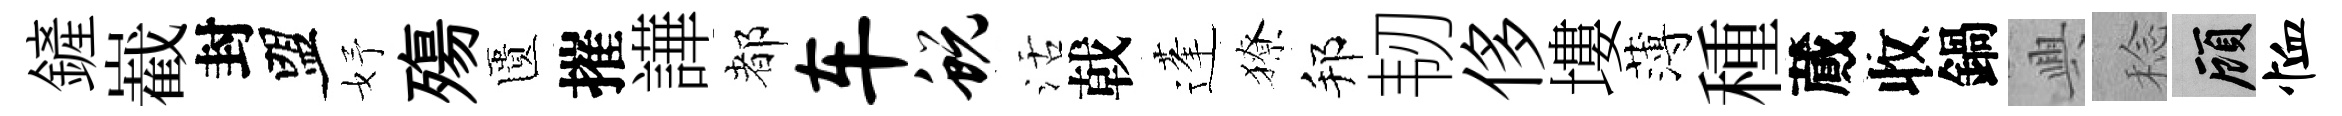
鏟嶻封盟妤殤匱摧譁都车蜕活戟蓬獠邦韧侈塿薄種蕆收鍋興稔顧恤